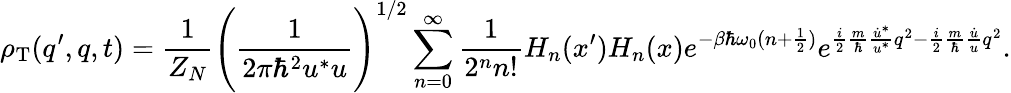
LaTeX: \rho_{\mathrm{T}}(q^{\prime},q,t)=\frac{1}{Z_{N}}\Biggl(\frac{1}{2\pi\hbar^{2}u^{*}u}\Biggr)^{1/2}\sum_{n=0}^{\infty}\frac{1}{2^{n}n!}H_{n}(x^{\prime})H_{n}(x)e^{-\beta\hbar\omega_{0}(n+\frac{1}{2})}e^{\frac{i}{2}\frac{m}{\hbar}\frac{\dot{u}^{*}}{u^{*}}q^{2}-\frac{i}{2}\frac{m}{\hbar}\frac{\dot{u}}{u}q^{2}}.